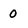
Character: 0